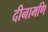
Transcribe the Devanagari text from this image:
दीनामणि